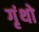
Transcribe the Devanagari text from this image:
गृंथो